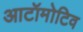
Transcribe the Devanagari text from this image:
आटॉमोटिव